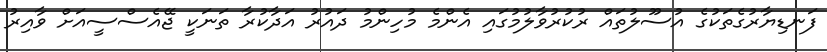
ފަނޑިޔާރުގެތަކުގެ އުސޫލުތައް ރުކުރުވާލުމުގައި އެންމެ މުހިންމު ދައުރު އަދާކުރާ ތަނަކީ ޖޭއެސްސީއަށް ވާއިރު